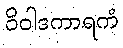
ဝိဝါဒကာရကံ